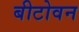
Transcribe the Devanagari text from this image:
बीटोवन